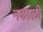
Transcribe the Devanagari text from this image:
नकाली